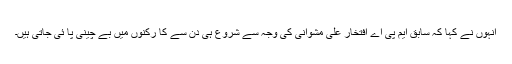
انہوں نے کہا کہ سابق ایم پی اے افتخار علی مشوانی کی وجہ سے شروع ہی دن سے کا رکنوں میں بے چینی پا ئی جاتی ہیں۔